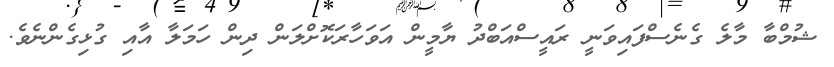
ޝުމްބާ މާލެ ގެނެސްފައިވަނީ ރައީސްއަބްދު ޔާމީން އަވަހާރަކޮށްލަން ދިން ހަމަލާ އާއި ގުޅިގެންނެވެ.